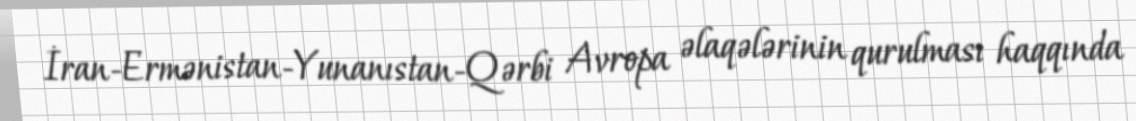
İran-Ermənistan-Yunanıstan-Qərbi Avropa əlaqələrinin qurulması haqqında